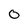
Character: 0